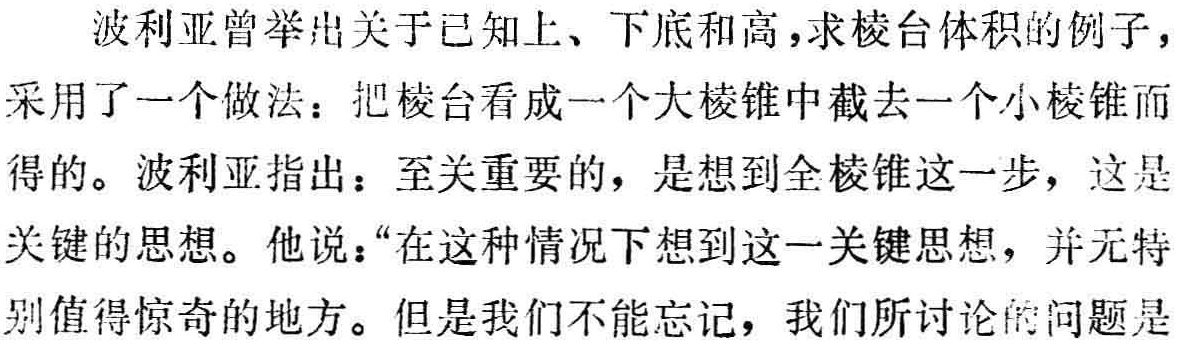
波利亚曾举出关于已知上、下底和高,求棱台体积的例子，采用了一个做法：把棱台看成一个大棱锥中截去一个小棱锥而得的。波利亚指出：至关重要的，是想到全棱锥这一步，这是关键的思想。他说：“在这种情况下想到这一关键思想，并无特别值得惊奇的地方。但是我们不能忘记，我们所讨论的问题是